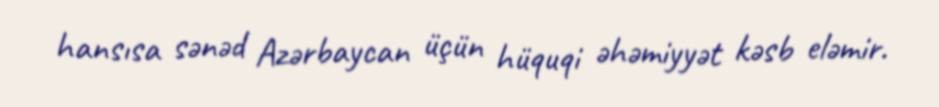
hansısa sənəd Azərbaycan üçün hüquqi əhəmiyyət kəsb eləmir.